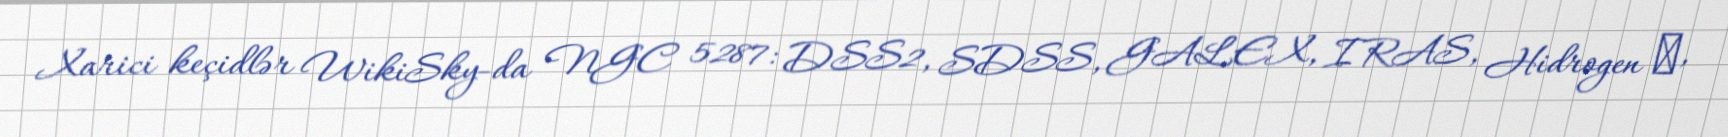
Xarici keçidlər WikiSky-da NGC 5287: DSS2, SDSS, GALEX, IRAS, Hidrogen α,